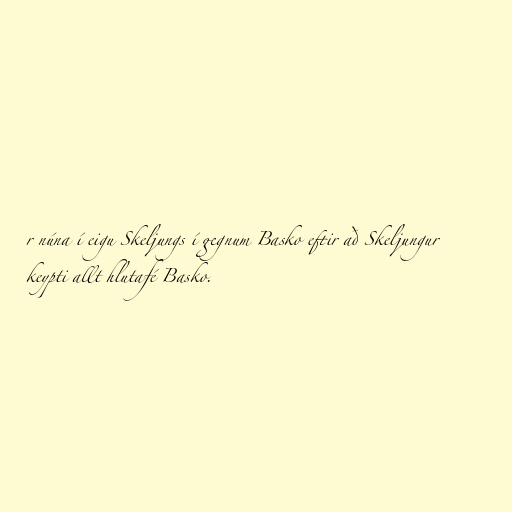
r núna í eigu Skeljungs í gegnum Basko eftir að Skeljungur
keypti allt hlutafé Basko.